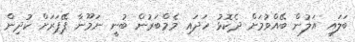
ބަލައި އަލުން ބޭއްވުމަށް ދެކޮޅު ހަދައި މެމްބަރުން ބުނީ ނަމޫނާ ޕޭޕަރަށް ކުދިން